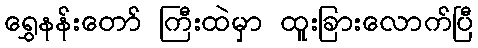
ရွှေနန်းတော် ကြီးထဲမှာ ထူးခြားလောက်ပြီ